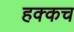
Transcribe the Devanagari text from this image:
हक्कच